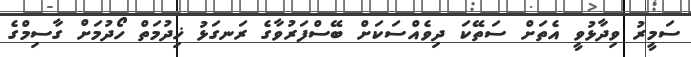
ސަމީރު ވިދާޅުވީ އެތަށް ސަތޭކަ ދިވެއްސަކަށް ބޭސްފަރުވާގެ ރަނގަޅު ޚިދުމަތް ހޯދުމަށް ގާސިމްގެ